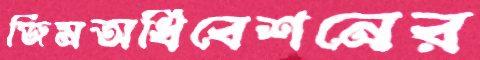
জিমঅধিবেশনের